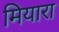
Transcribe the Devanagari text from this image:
मियारा